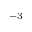
^ { - 3 }